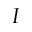
I